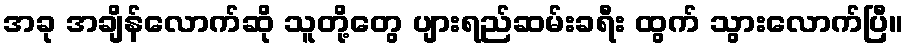
အခု အချိန်လောက်ဆို သူတို့တွေ ပျားရည်ဆမ်းခရီး ထွက် သွားလောက်ပြီ။